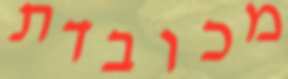
מכובדת